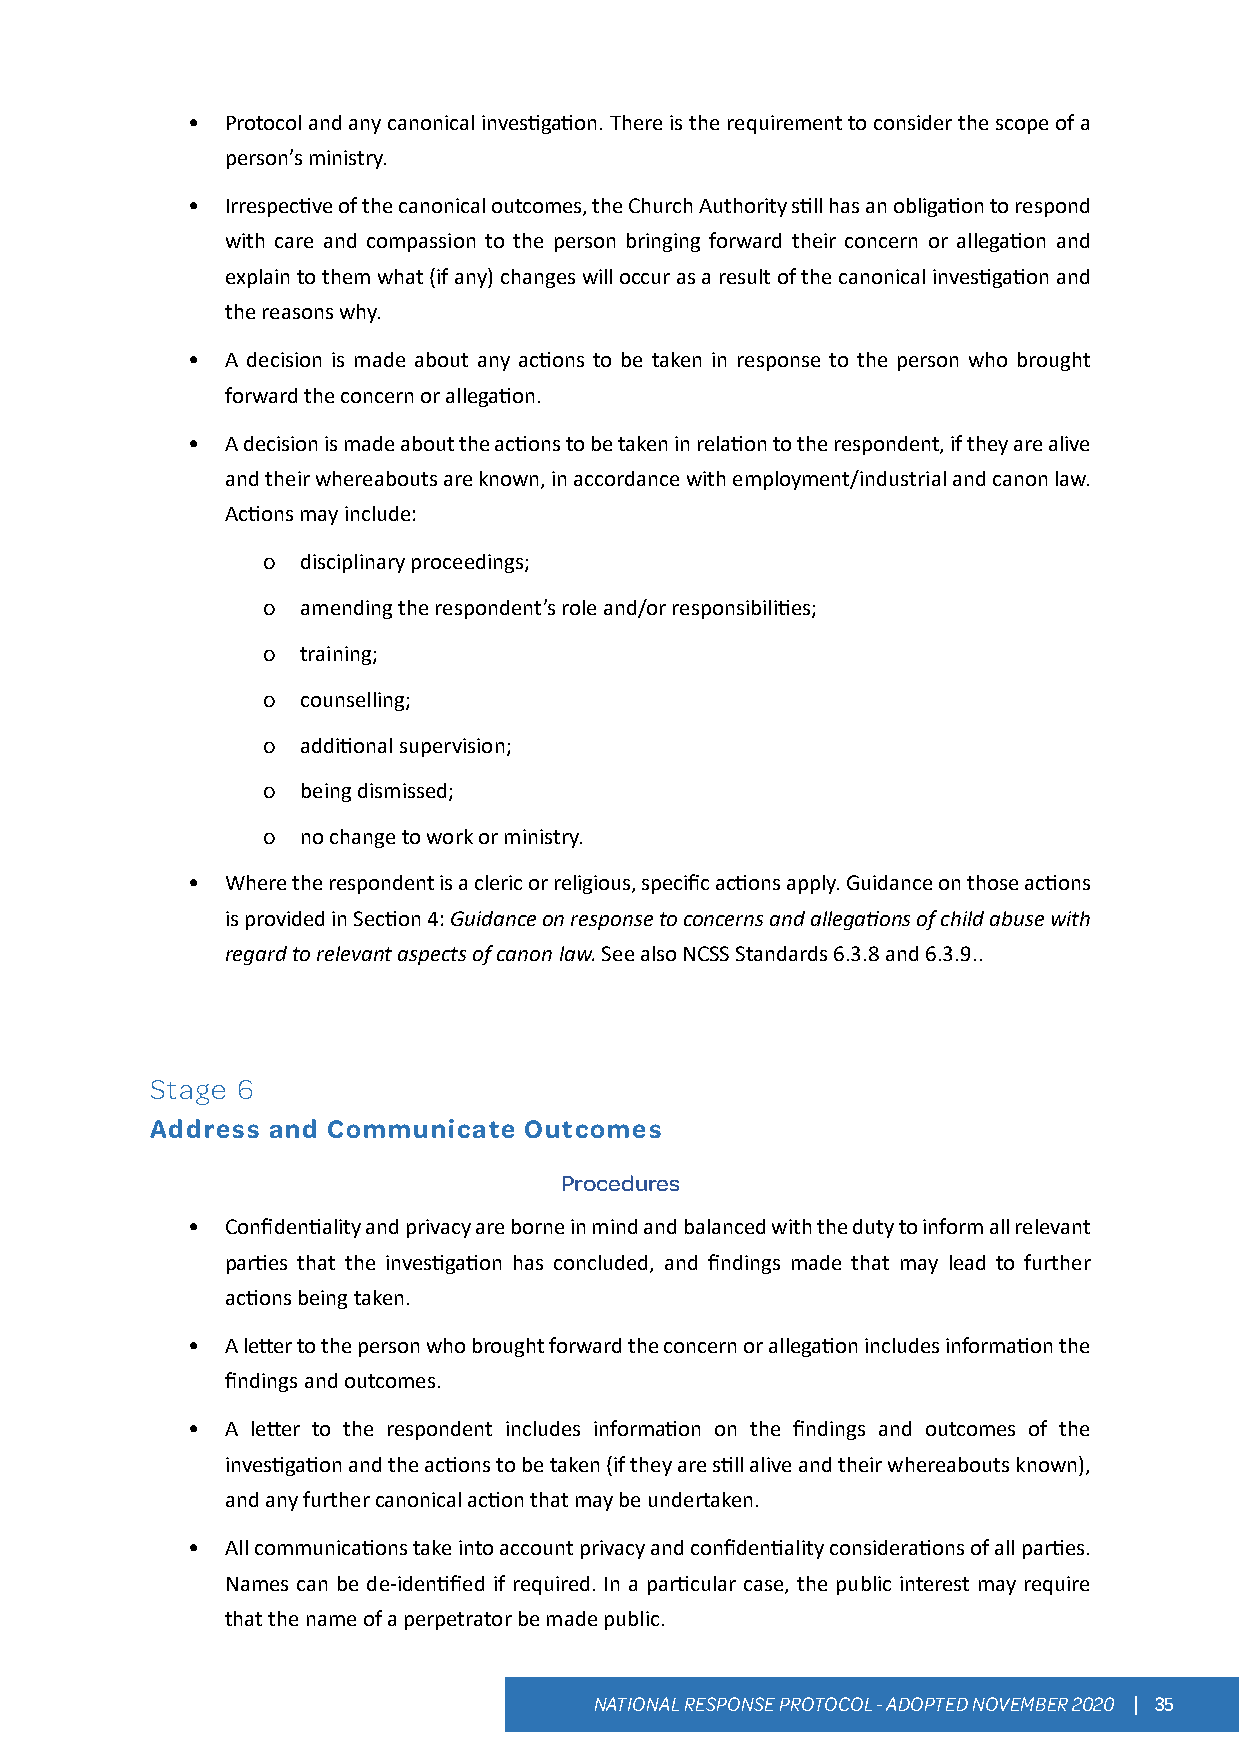
•  Protocol and any canonical investigation. There is the requirement to consider the scope of a
 person’s ministry.
 •  Irrespective of the canonical outcomes, the Church Authority still has an obligation to respond
 with care and compassion to the person bringing forward their concern or allegation and
 explain to them what (if any) changes will occur as a result of the canonical investigation and
 the reasons why.
 •  A decision is made about any actions to be taken in response to the person who brought
 forward the concern or allegation.
 •  A decision is made about the actions to be taken in relation to the respondent, if they are alive
 and their whereabouts are known, in accordance with employment/industrial and canon law.
 Actions may include:
 o  disciplinary proceedings;
 o  amending the respondent’s role and/or responsibilities;
 o  training;
 o  counselling;
 o  additional supervision;
 o  being dismissed;
 o  no change to work or ministry.
 •  Where the respondent is a cleric or religious, specific actions apply. Guidance on those actions
 is provided in Section 4: Guidance on response to concerns and allegations of child abuse with
 regard to relevant aspects of canon law. See also NCSS Standards 6.3.8 and 6.3.9..
 Stage 6
 Address and Communicate  Outcomes
 Procedures
 •  Confidentiality and privacy are borne in mind and balanced with the duty to inform all relevant
 parties that the investigation has concluded, and findings made that may lead to further
 actions being taken.
 •  A letter to the person who brought forward the concern or allegation includes information the
 findings and outcomes.
 •  A letter to the respondent includes information on the findings and outcomes of the
 investigation and the actions to be taken (if they are still alive and their whereabouts known),
 and any further canonical action that may be undertaken.
 •  All communications take into account privacy and confidentiality considerations of all parties.
 Names can be de-identified if required. In a particular case, the public interest may require
 that the name of a perpetrator be made public.
 NATIONAL RESPONSE PROTOCOL - ADOPTED NOVEMBER 2020 | 35